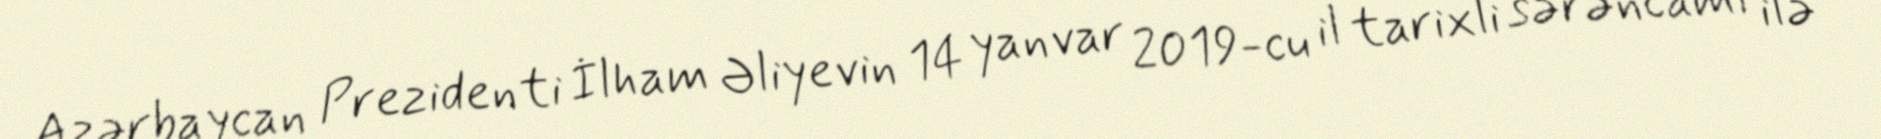
Azərbaycan Prezidenti İlham Əliyevin 14 yanvar 2019-cu il tarixli sərəncamı ilə